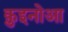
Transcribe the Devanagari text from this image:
क़ुइनोआ